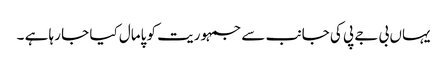
یہاں بی جے پی کی جانب سے جمہوریت کو پامال کیا جا رہا ہے ۔